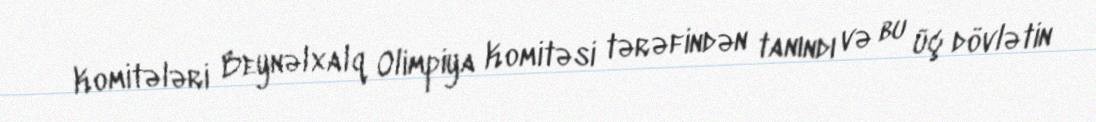
Komitələri Beynəlxalq Olimpiya Komitəsi tərəfindən tanındı və bu üç dövlətin